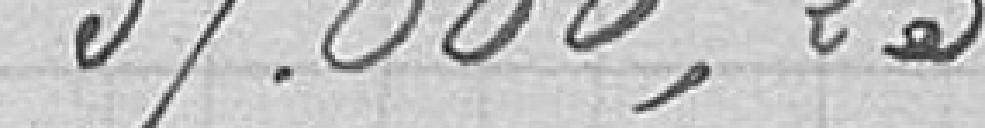
37.666,23